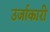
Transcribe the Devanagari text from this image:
उर्जाकारी